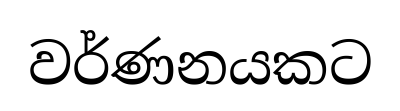
වර්ණනයකට